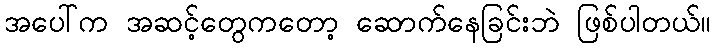
အပေါ်က အဆင့်တွေကတော့ ဆောက်နေခြင်းဘဲ ဖြစ်ပါတယ်။